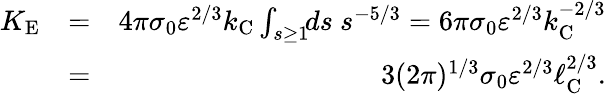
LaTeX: \begin{array}{rlr}{K_{\textrm{E}}}&{=}&{4\pi\sigma_{0}\varepsilon^{2/3}k_{\textrm{C}}\int_{s\ge 1}\! \! ds\ s^{-5/3}=6\pi\sigma_{0}\varepsilon^{2/3}k_{\textrm{C}}^{-2/3}}\\ &{=}&{3(2\pi)^{1/3}\sigma_{0}\varepsilon^{2/3}\ell_{\textrm{C}}^{2/3}.}\end{array}